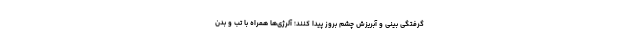
گرفتگی بینی و آبریزش چشم بروز پیدا کنند؛ آلرژی‌ها همراه با تب و بدن